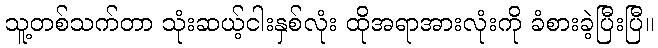
သူ့တစ်သက်တာ သုံးဆယ့်ငါးနှစ်လုံး ထိုအရာအားလုံးကို ခံစားခဲ့ပြီးပြီ။